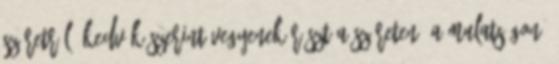
szüretrıl. Kedvük szerint vegyenek részt a szüreten, a mulatságon.